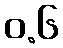
ဝ.၆